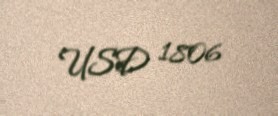
USD 1806